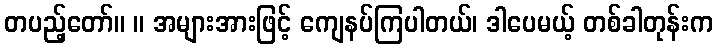
တပည့်တော်။ ။ အများအားဖြင့် ကျေနပ်ကြပါတယ်၊ ဒါပေမယ့် တစ်ခါတုန်းက